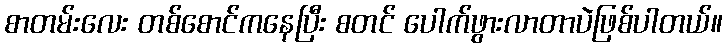
စာတမ်းလေး တစ်စောင်ကနေပြီး စတင် ပေါက်ဖွားလာတာပဲဖြစ်ပါတယ်။